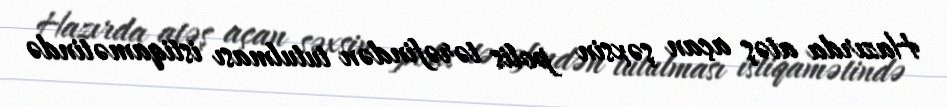
Hazırda atəş açan şəxsin polis tərəfindən tutulması istiqamətində